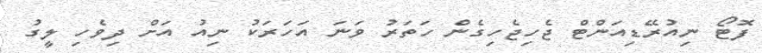
ފޮޓޯ ނިއުރޭޑިއަންޓް ޖެހިޖެހިގެން ހަތަރު ވަނަ އަހަރަކު ނިއު އަށް ދިވެހި ލީގު